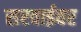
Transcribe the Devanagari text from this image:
सरवाईवर